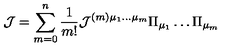
{ \cal J } = \sum _ { m = 0 } ^ { n } \frac { 1 } { m ! } { \cal J } ^ { ( m ) \mu _ { 1 } \dots \mu _ { m } } \Pi _ { \mu _ { 1 } } \dots \Pi _ { \mu _ { m } }